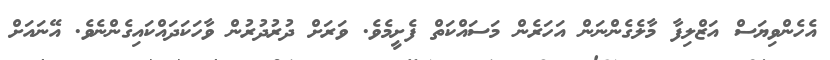
އެހެންވިޔަސް އަޒްލިފާ މާލެގެންނަން އަހަރެން މަސައްކަތް ފެށީމެވެ. ވަރަށް ދުރުދުރުން ވާހަކަދައްކައިގެންނެވެ. އޭނައަށް